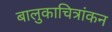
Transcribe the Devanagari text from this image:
बालुकाचित्रांकन